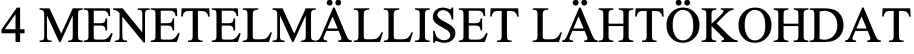
4 MENETELMÄLLISET LÄHTÖKOHDAT